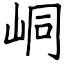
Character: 峒